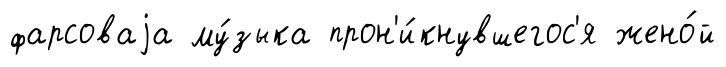
фарсоваjа му́зыка прон'и́кнувшегос'я жено́й